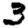
Digit: 3